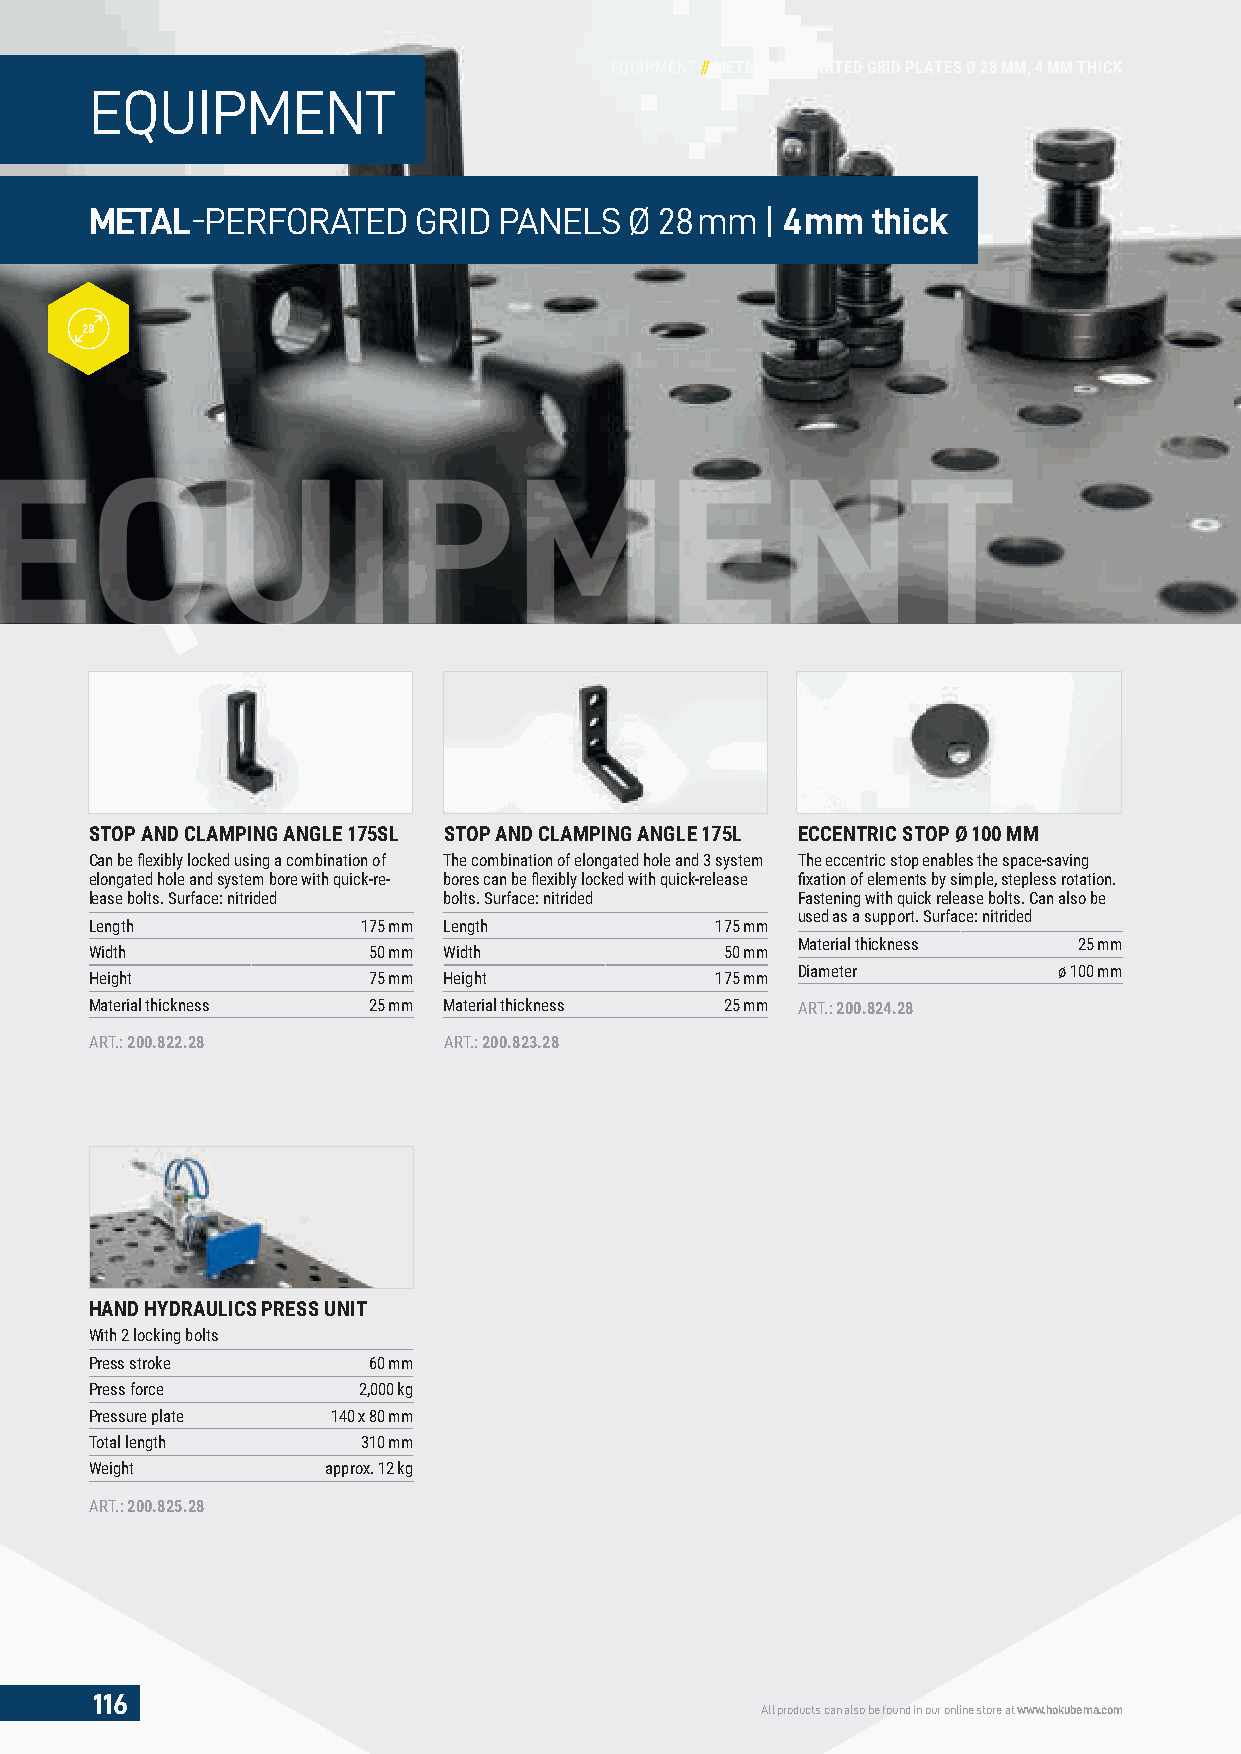
EQUIPMENT//METAL PERFORATED GRID PLATES Ø 28 MM, 4 MM THICK
 EQUIPMENT
 METAL-PERFORATED     GRID  PANELS   Ø 28 mm  | 4 mm thick
 28
 EQUIPMENT
 STOP AND CLAMPING ANGLE 175SL STOP AND CLAMPING ANGLE 175L ECCENTRIC STOP Ø 100 MM
 Can be fl exibly locked using a combination of The combination of elongated hole and 3 system The eccentric stop enables the space-saving
 elongated hole and system bore with quick-re- bores can be fl exibly locked with quick-release fi xation of elements by simple, stepless rotation.
 lease bolts. Surface: nitrided bolts. Surface: nitrided Fastening with quick release bolts. Can also be
 used as a support. Surface: nitrided
 Length            175 mm Length          175 mm
 Material thickness 25 mm
 Width             50 mm Width             50 mm
 Diameter         ø 100 mm
 Height            75 mm Height           175 mm
 Material thickness 25 mm Material thickness 25 mm ART.: 200.824.28
 ART.: 200.822.28       ART.: 200.823.28
 HAND HYDRAULICS PRESS UNIT
 With 2 locking bolts
 Press stroke      60 mm
 Press force       2,000 kg
 Pressure plate  140 x 80 mm
 Total length      310 mm
 Weight          approx. 12 kg
 ART.: 200.825.28
 116
 All products can also be found in our online store at www.hokubema.com